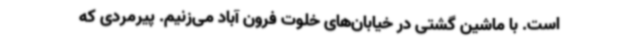
است. با ماشین گشتی در خیابان‌های خلوت فرون آباد می‌زنیم. پیرمردی که